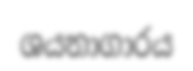
ශයනාගාරය